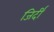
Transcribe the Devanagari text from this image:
जिर्दी